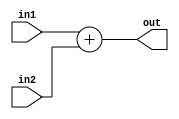
module alu_add(in1,in2,out);

input [63:0] in1, in2;

output [63:0] out;

assign out = in1 + in2;

endmodule